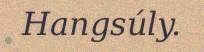
Hangsúly.